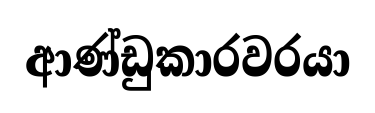
ආණ්ඩුකාරවරයා